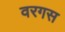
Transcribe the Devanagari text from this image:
वरगस